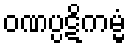
ဝဏပ္ပဋိကမ္မံ